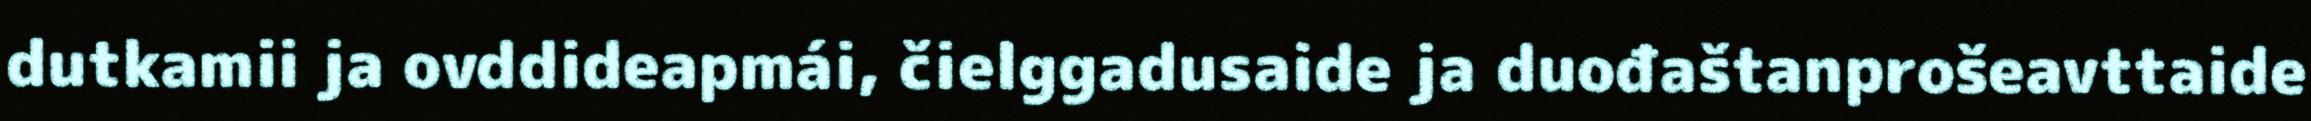
dutkamii ja ovddideapmái, čielggadusaide ja duođaštanprošeavttaide